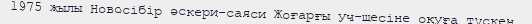
1975 жылы Новосібір әскери-саяси Жоғарғы уч-щесіне оқуға түскен.